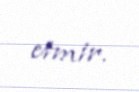
etmir.